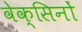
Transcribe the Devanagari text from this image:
वेक्सिनों